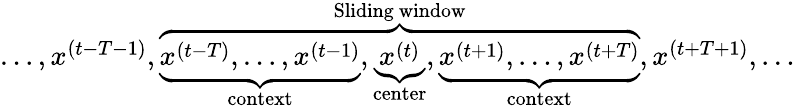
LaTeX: \begin{array}{r}{\ldots,x^{(t-T-1)},\overbrace{\underbrace{x^{(t-T)},\ldots,x^{(t-1)}}_{\mathrm{context}},\underbrace{x^{(t)}}_{\mathrm{center}},\underbrace{x^{(t+1)},\ldots,x^{(t+T)}}_{\mathrm{context}}}^{\mathrm{Sliding~window}},x^{(t+T+1)},\ldots}\end{array}